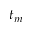
t _ { m }